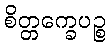
စိတ္တက္ခေပဉ္စ